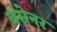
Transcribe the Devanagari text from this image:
वसेनर